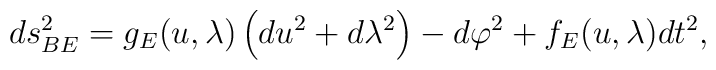
ds_{BE}^{2}=g_{E}(u,\lambda )\left( du^{2}+d\lambda ^{2}\right) -d\varphi^{2}+f_{E}(u,\lambda )dt^{2},